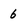
Character: 6